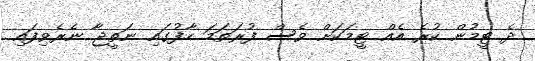
ދެ ޓީމުން ކުރެ އެއް ޓީމަކަށް ވެސް ފުރަތަމަ ހާފުގައި ނަތީޖާ ނެރެވިފައި